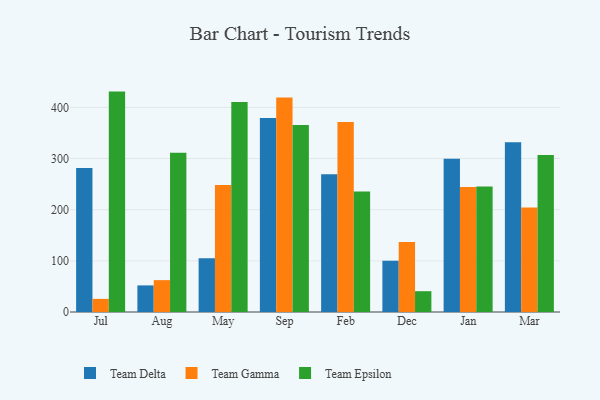
{"axis": {"x": "Month", "y": "Budget (USD K)"}, "legend": ["Team Delta", "Team Epsilon", "Team Gamma"], "data": [{"x": "Jul", "y": 281.4, "type": "Team Delta"}, {"x": "Jul", "y": 25.6, "type": "Team Gamma"}, {"x": "Jul", "y": 430.8, "type": "Team Epsilon"}, {"x": "Aug", "y": 52.0, "type": "Team Delta"}, {"x": "Aug", "y": 62.3, "type": "Team Gamma"}, {"x": "Aug", "y": 311.5, "type": "Team Epsilon"}, {"x": "May", "y": 105.0, "type": "Team Delta"}, {"x": "May", "y": 248.2, "type": "Team Gamma"}, {"x": "May", "y": 410.7, "type": "Team Epsilon"}, {"x": "Sep", "y": 379.1, "type": "Team Delta"}, {"x": "Sep", "y": 419.1, "type": "Team Gamma"}, {"x": "Sep", "y": 365.3, "type": "Team Epsilon"}, {"x": "Feb", "y": 269.2, "type": "Team Delta"}, {"x": "Feb", "y": 371.4, "type": "Team Gamma"}, {"x": "Feb", "y": 235.5, "type": "Team Epsilon"}, {"x": "Dec", "y": 100.1, "type": "Team Delta"}, {"x": "Dec", "y": 136.9, "type": "Team Gamma"}, {"x": "Dec", "y": 40.7, "type": "Team Epsilon"}, {"x": "Jan", "y": 299.4, "type": "Team Delta"}, {"x": "Jan", "y": 244.2, "type": "Team Gamma"}, {"x": "Jan", "y": 245.2, "type": "Team Epsilon"}, {"x": "Mar", "y": 331.6, "type": "Team Delta"}, {"x": "Mar", "y": 204.4, "type": "Team Gamma"}, {"x": "Mar", "y": 307.0, "type": "Team Epsilon"}]}